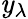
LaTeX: \mathit{y}_{\lambda}